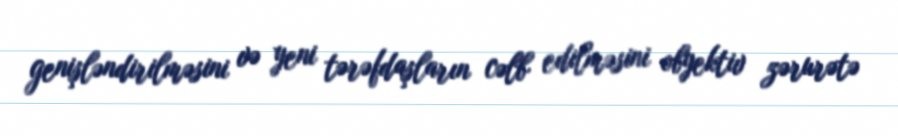
genişləndirilməsini və yeni tərəfdaşların cəlb edilməsini obyektiv zərurətə